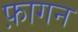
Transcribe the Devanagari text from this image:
फ़ागन